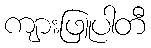
ကျားဖြူပါတီ